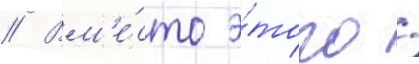
// Вм'е́сто э́того /